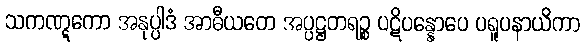
သကဏ္ဋကော အနုပ္ပါဒံ အာဓီယတေ အပ္ပဋ္ဌတရဉ္စ ပဋိပန္နောပေ ပရူပနာယိကာ